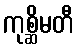
ကုစ္ဆိမတီ